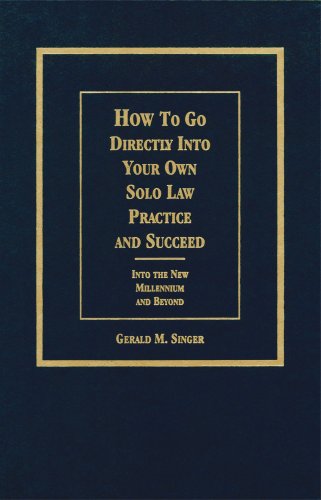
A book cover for How to Go Directly into Your Own Solo Law Practice and Succeed: Into the New Millennium and Beyond; Gerald M. Singer; Law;